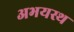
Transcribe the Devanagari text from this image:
अभयस्थ